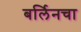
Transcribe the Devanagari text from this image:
बर्लिनचा